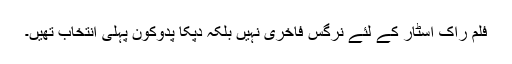
فلم راک اسٹار کے لئے نرگس فاخری نہیں بلکہ دپکا پدوکون پہلی انتخاب تھیں۔